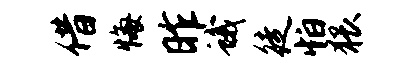
借悔昨蛾徒怕猥